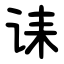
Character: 诔